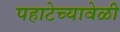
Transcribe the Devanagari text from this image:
पहाटेच्यावेळी